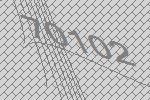
70102